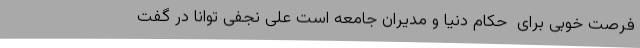
فرصت خوبی برای  حکام دنیا و مدیران جامعه است علی نجفی توانا در گفت